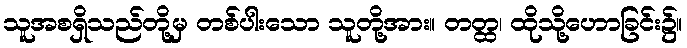
သူအစရှိသည်တို့မှ တစ်ပါးသော သူတို့အား။ တတ္ထ၊ ထိုသို့ဟောခြင်း၌။